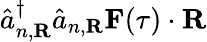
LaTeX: \hat{a}_{n,\textbf{R}}^{\dagger}\hat{a}_{n,\textbf{R}}\textbf{F}(\tau)\cdot\textbf{R}